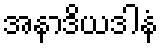
အနာဒိယဒါနံ